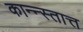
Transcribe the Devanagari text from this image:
कान्न्स्तात्त